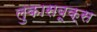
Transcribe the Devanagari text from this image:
लुकासबूक्स